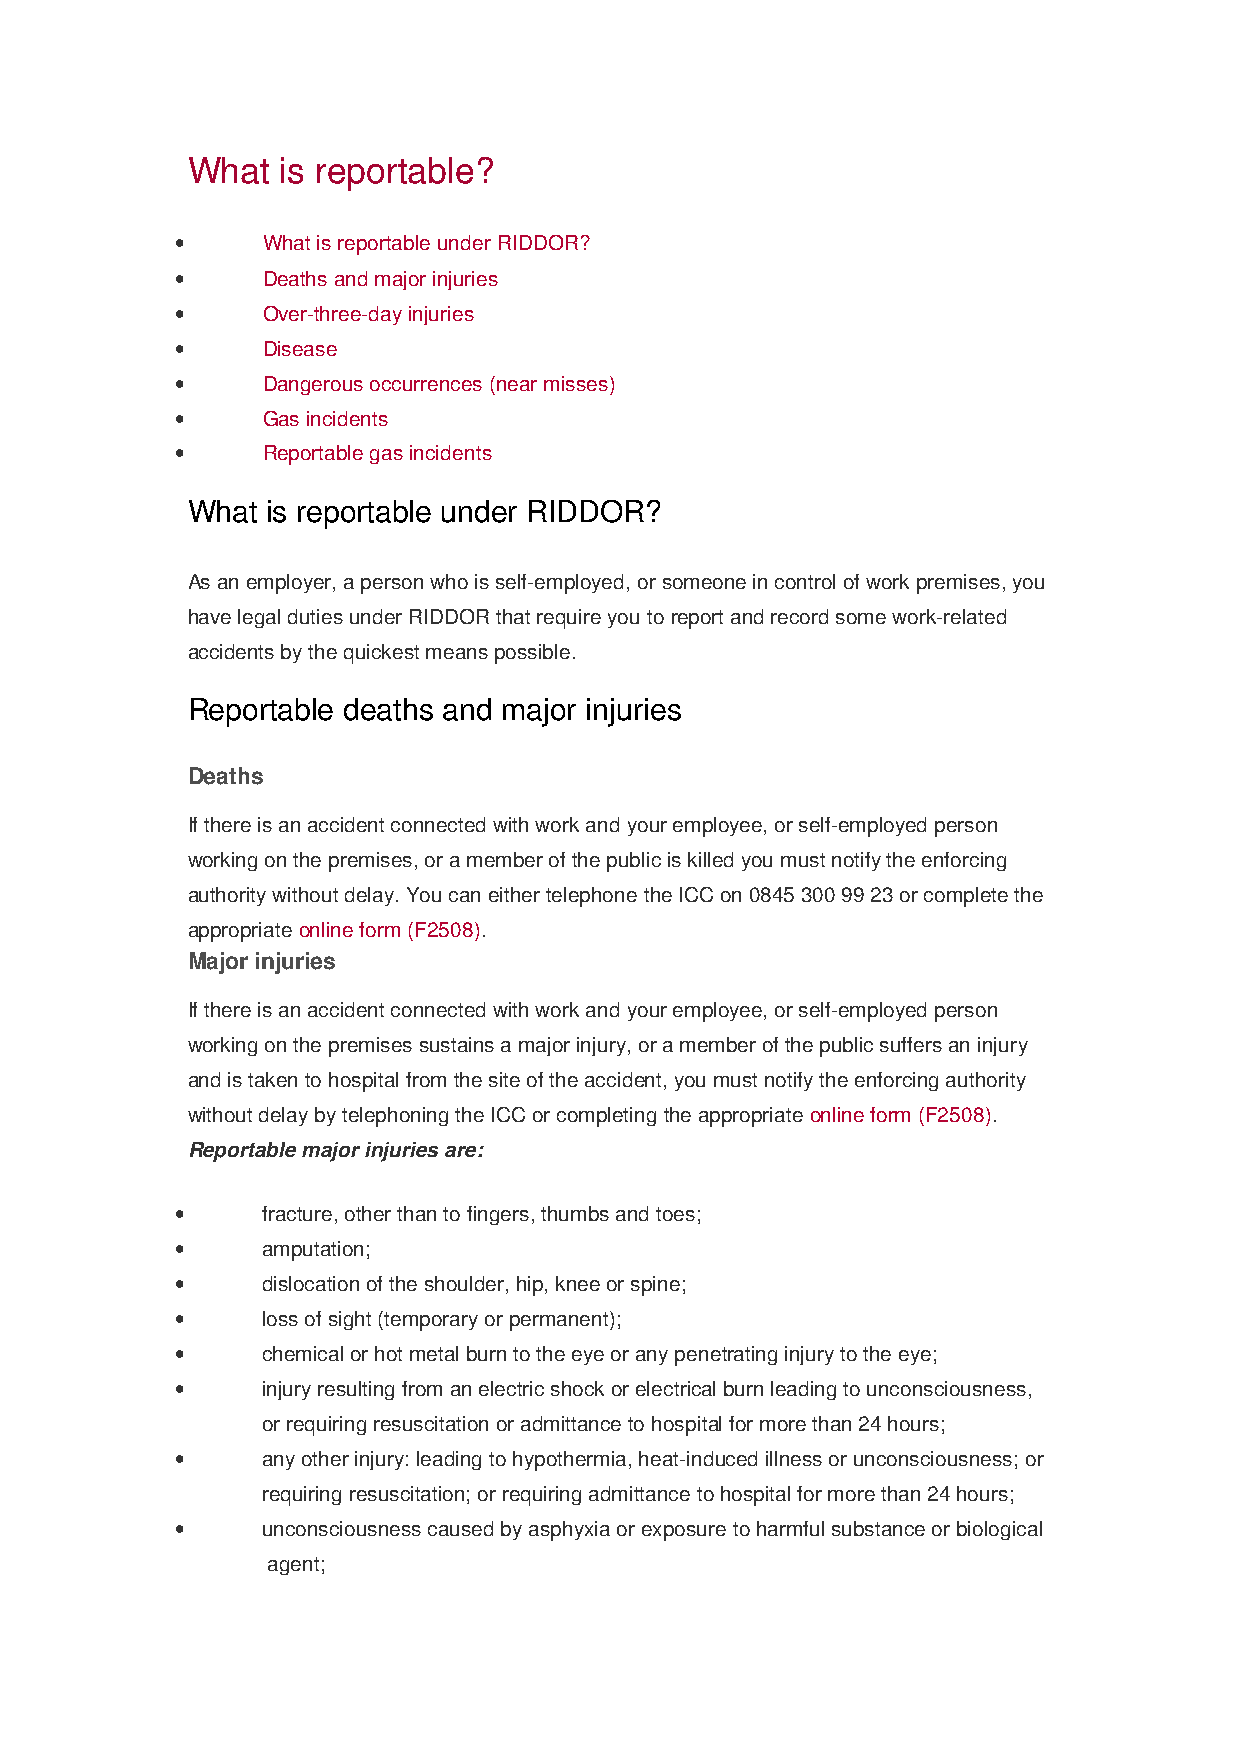
What   is reportable?
 •    What is reportable under RIDDOR?
 •    Deaths and major injuries
 •    Over-three-day injuries
 •    Disease
 •    Dangerous occurrences (near misses)
 •    Gas incidents
 •    Reportable gas incidents
 What  is reportable under RIDDOR?
 As an employer, a person who is self-employed, or someone in control of work premises, you
 have legal duties under RIDDOR that require you to report and record some work-related
 accidents by the quickest means possible.
 Reportable deaths and major injuries
 Deaths
 If there is an accident connected with work and your employee, or self-employed person
 working on the premises, or a member of the public is killed you must notify the enforcing
 authority without delay. You can either telephone the ICC on 0845 300 99 23 or complete the
 appropriate online form (F2508).
 Major injuries
 If there is an accident connected with work and your employee, or self-employed person
 working on the premises sustains a major injury, or a member of the public suffers an injury
 and is taken to hospital from the site of the accident, you must notify the enforcing authority
 without delay by telephoning the ICC or completing the appropriate online form (F2508).
 Reportable major injuries are:
 •    fracture, other than to fingers, thumbs and toes;
 •    amputation;
 •    dislocation of the shoulder, hip, knee or spine;
 •    loss of sight (temporary or permanent);
 •    chemical or hot metal burn to the eye or any penetrating injury to the eye;
 •    injury resulting from an electric shock or electrical burn leading to unconsciousness,
 or requiring resuscitation or admittance to hospital for more than 24 hours;
 •    any other injury: leading to hypothermia, heat-induced illness or unconsciousness; or
 requiring resuscitation; or requiring admittance to hospital for more than 24 hours;
 •    unconsciousness caused by asphyxia or exposure to harmful substance or biological
 agent;